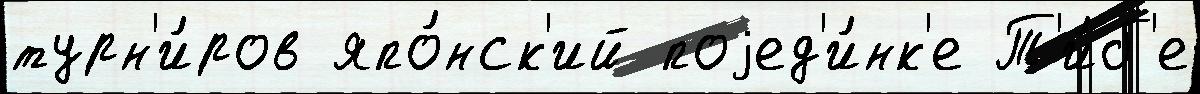
турн'и́ров япо́нск'ий поjед'и́нк'е Т'и́б'е